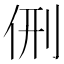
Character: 侀